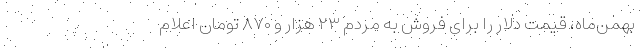
بهمن‌ماه، قیمت دلار را برای فروش به مردم ۲۳ هزار و ۸۷۰ تومان اعلام